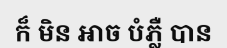
ក៏ មិន អាច បំភ្លឺ បាន